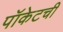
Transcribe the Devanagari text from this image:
पॉकेटची